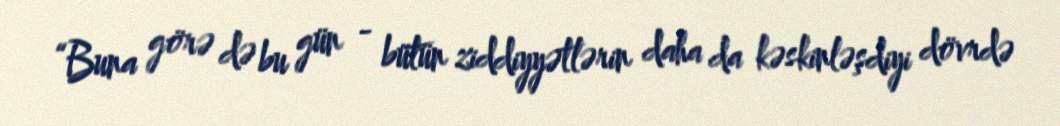
“Buna görə də bu gün - bütün ziddiyyətlərin daha da kəskinləşdiyi dövrdə